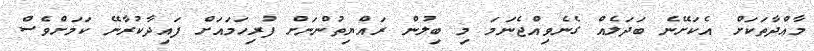
މާއްދާތަކަށް އެކަށޭނެ ބަދަލެއް ގެނެވިއްޖެނަމަ މި ބިލުން ރައްޔިތުންނަށް ފުރިހަމައަށް ފައިދާކުރާނޭ ކަމަށްވެސް